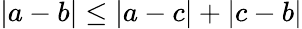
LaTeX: |a-b|\leq|a-c|+|c-b|